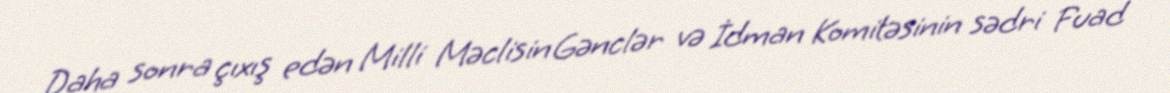
Daha sonra çıxış edən Milli Məclisin Gənclər və İdman Komitəsinin sədri Fuad